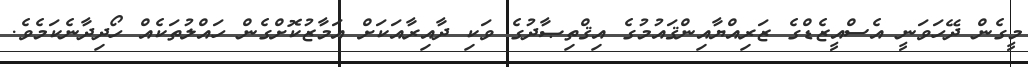
މީގެން ދޭހަވަނީ އެސްއީޒެޑްގެ ޒަރިއްޔާއިންޤައުމުގެ އިޤްތިޞާދުގެ ވަކި ދާއިރާއަކަށް އަމާޒުކޮށްގެން ހައްލުތަކެއް ހޯދިދާނެކަމެވެ.